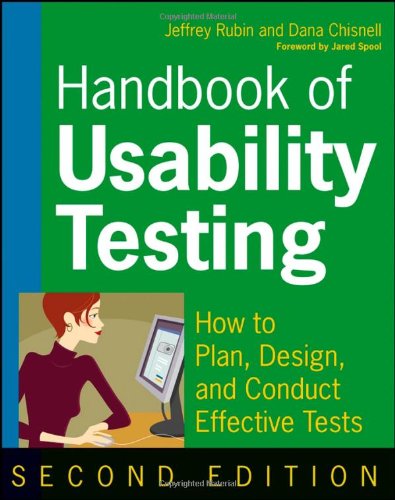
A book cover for Handbook of Usability Testing: How to Plan, Design, and Conduct Effective Tests; Jeffrey Rubin; Computers & Technology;